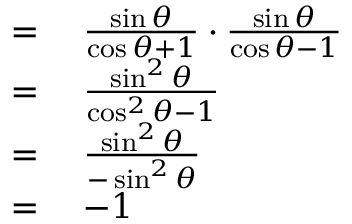
\begin{array} { r l } { = { } } & { { } { \frac { \sin \theta } { \cos \theta + 1 } } \cdot { \frac { \sin \theta } { \cos \theta - 1 } } } \\ { = { } } & { { } { \frac { \sin ^ { 2 } \theta } { \cos ^ { 2 } \theta - 1 } } } \\ { = { } } & { { } { \frac { \sin ^ { 2 } \theta } { - \sin ^ { 2 } \theta } } } \\ { = { } } & { { } { - 1 } } \end{array}